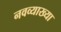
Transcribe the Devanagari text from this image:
नवव्याख्या